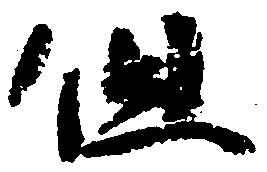
但